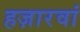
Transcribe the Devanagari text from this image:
हज़ारवां